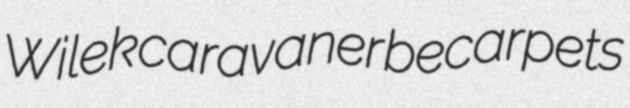
Wilek caravaner becarpets